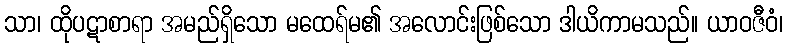
သာ၊ ထိုပဋာစာရာ အမည်ရှိသော မထေရ်မ၏ အလောင်းဖြစ်သော ဒါယိကာမသည်။ ယာဝဇီဝံ၊